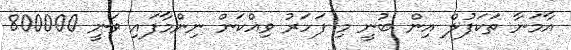
އާމަނާ ތަކަފުލް އިން ބުނީ މި ފަހަރު ވިއްކަން ނިންމާފައި ވަނީ 800000